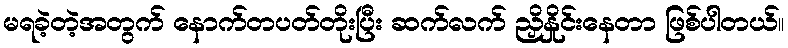
မရခဲ့တဲ့အတွက် နောက်တပတ်တိုးပြီး ဆက်လက် ညှိနှိုင်းနေတာ ဖြစ်ပါတယ်။